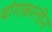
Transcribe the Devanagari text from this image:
थांगकालीन